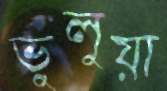
ভুলুয়া